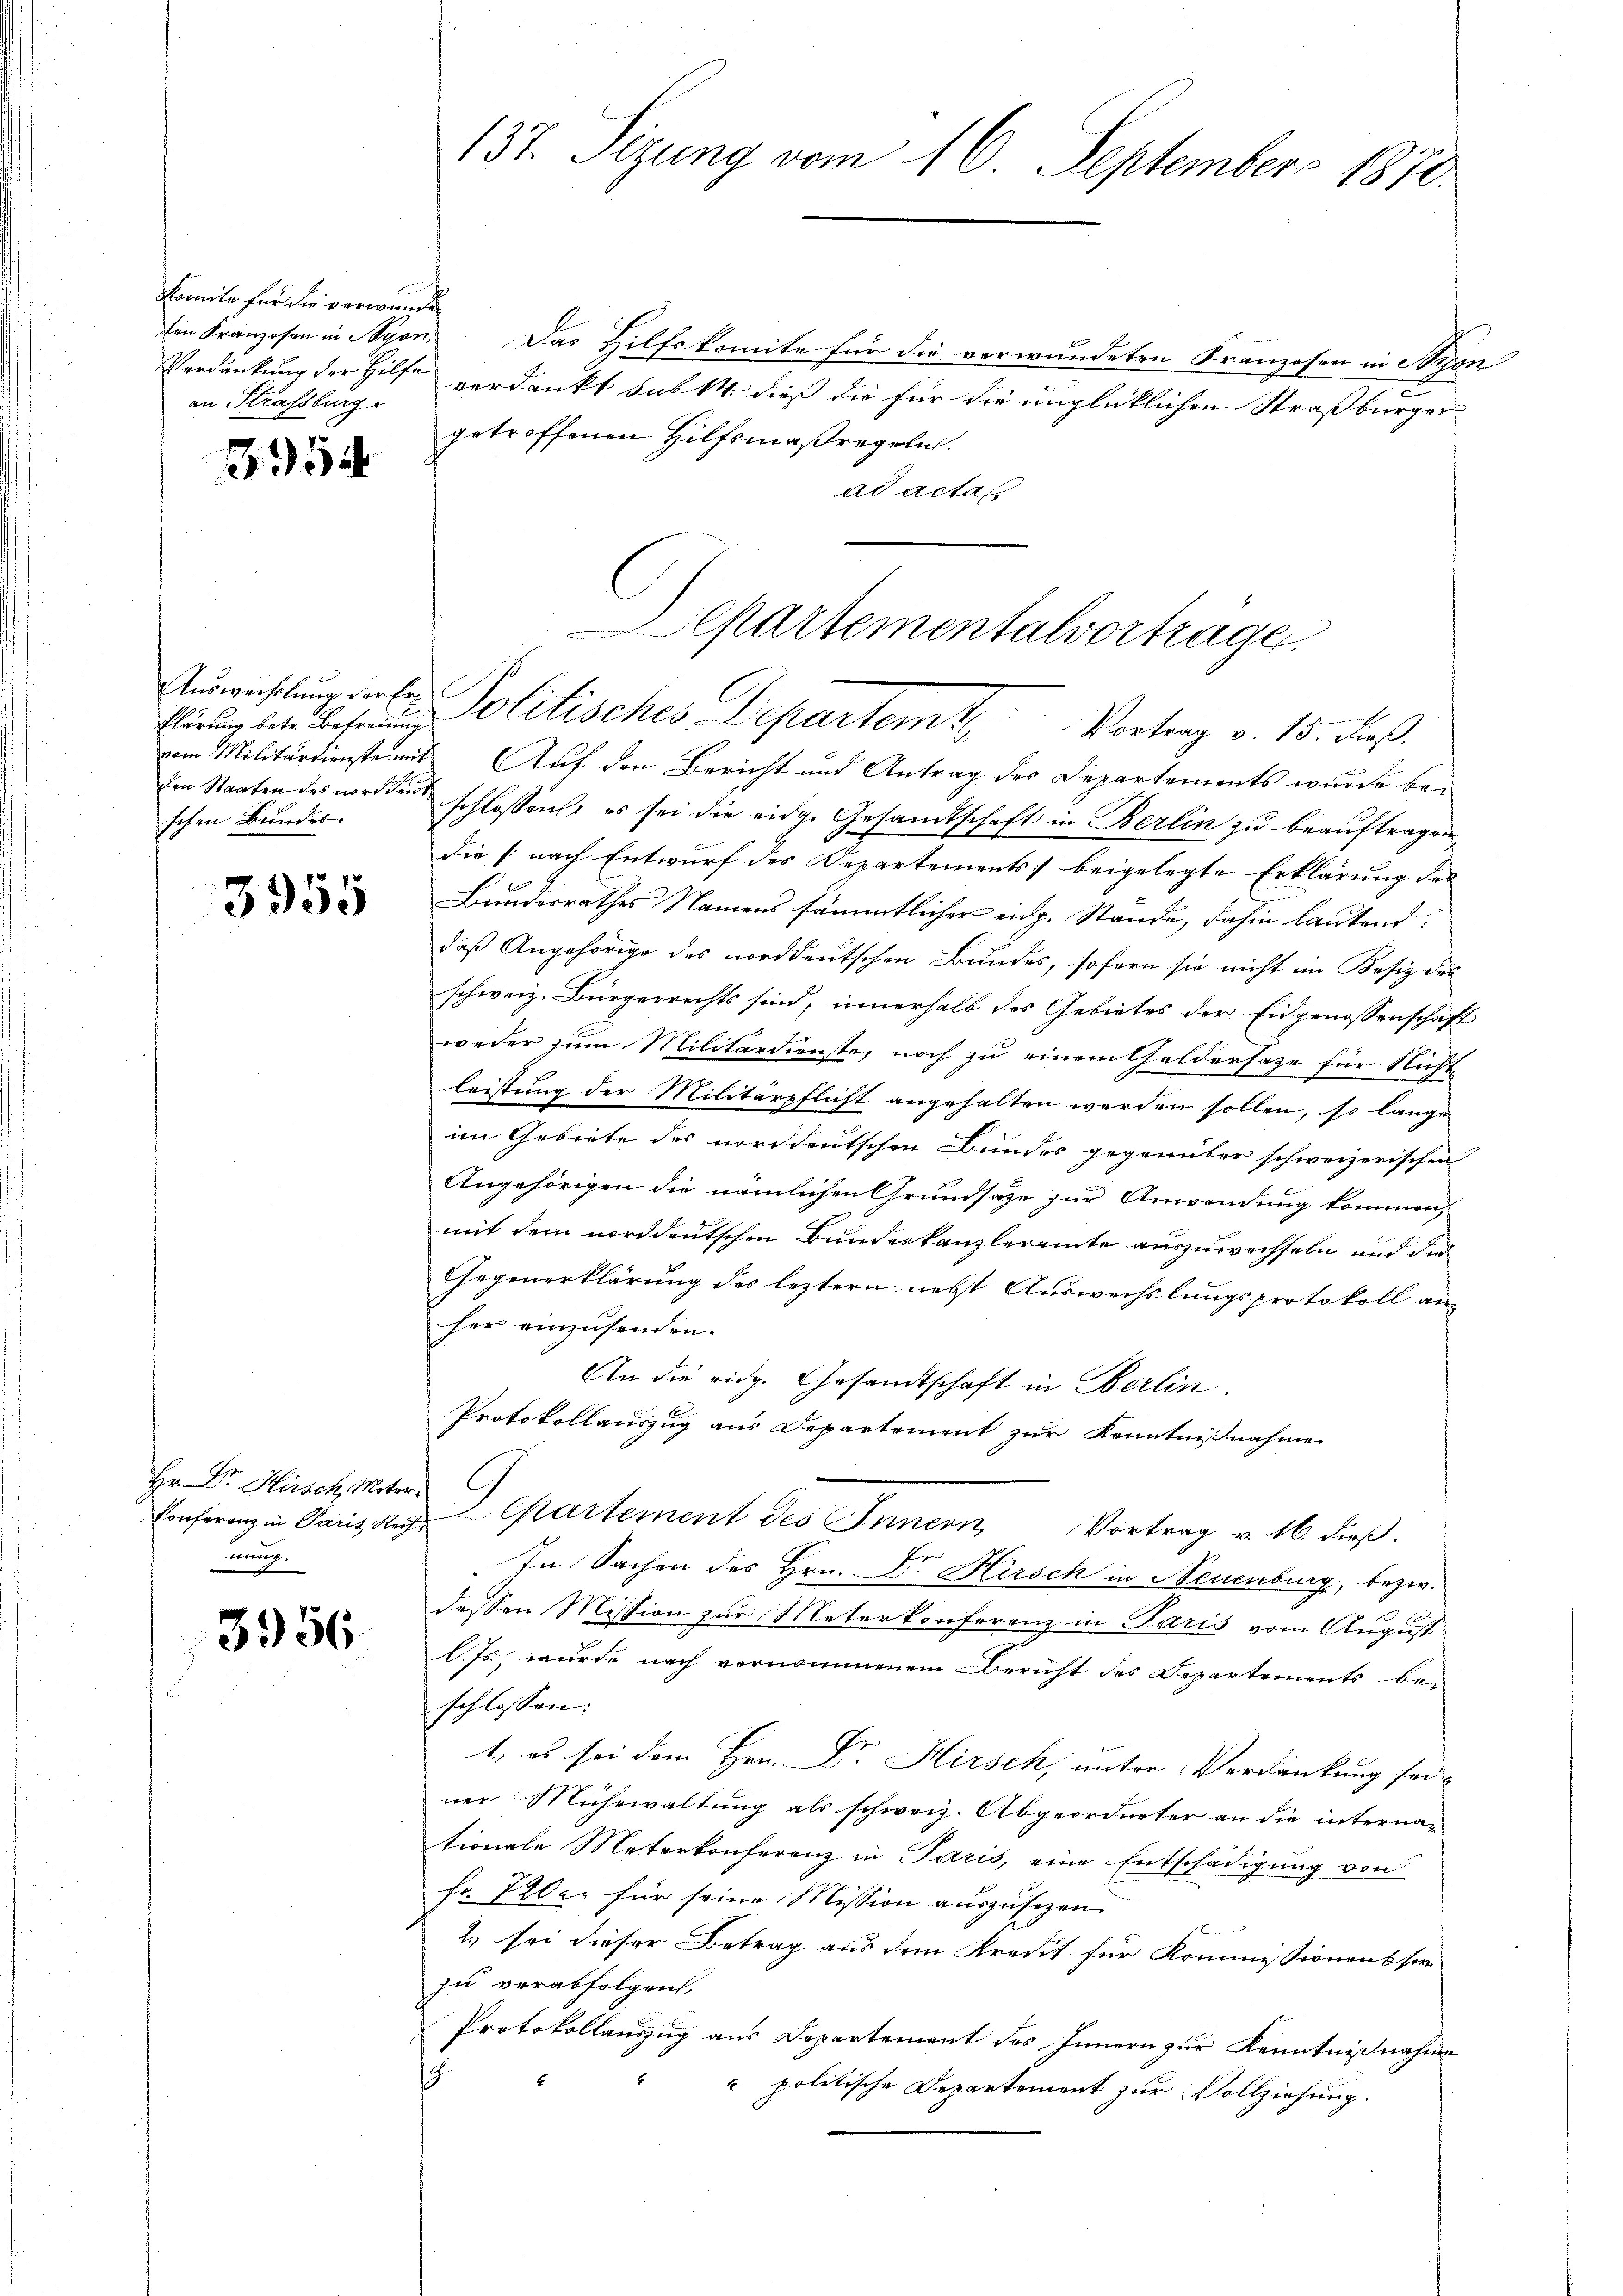
Komite für die verwanden
an Strassburg

954

Auswechslung der Er¬
Klärung betr. Befreiung
schen Bundes.

3955

Hr. Dr. Hirsch, Matr
Conferenz in Paris Rei
nung.

3956

137. Sizung vom 16. September 1870.

ten Kranzosen in Spon. Das Hilfskomite für die verwundeten Kranzosen in Nyon
Verdankung der Hilfe verdankt sub 14 dieß die für die unglücklichen Straßburger
e
getroffenen Hilfsmaßregeln.
ad acta
vom Militärdienste mit Auf den Bericht und Antrag des Departements wurde be-
den Staaten des nordden schlossen, es sei die eidg. Gesandtschaft in Berlin zu beauftragen
die (nach Entwurf des Departements, beigelegte Erklärung des
Bundesrathes Namens sämmtlicher eidg. Stande, dahin lautend:
daß Angehörige des norddeutschen Bundes, sofern sie nicht im Besiz das
schweiz. Bürgerrechts sind, innerhalb des Gebietes der Eidgenossenschaft
weder zum Militärdienste, noch zu einem Geldersage für Nicht
leistung der Militärpflicht angehalten werden sollen, so lange
im Gebiete des norddeutschen Bundes gegenüber schweizerischen
Angehörigen die nämlichen Grundsaze zur Anwendung kommen,
mit dem norddeutschen Bundeskanzleramte auszuwechseln und der
Gegenerklärung des leztern nebst Auswechslungsprotokoll an
her einzusenden.
An die eidg. Gesandtschaft in Berlin
Protokollauszug aus Departement zur Kenntnißnahme
Departement des Innern Vortrag v. 16. dieβ.
In Sachen des Hrn. Dr. Kirsch in Neuenburg, bezw.
dessen Mission zur Meterkonferenz in Paris vom August
l. Js., wurde nach vernommenem Bericht des Departements be-
schlossen:
1. es sei dem Hrn. Dr. Hirsch, unter Verdankung sei
ner Mühewaltung als schweiz. Abgeordneter an die internar
tionale Meterkonferenz in Paris, eine Entschädigung von
fr. 7200. für seine Mission auszusezen.
2 sei dieser Betrag aus dem Kredit für Kommissionens ser
zu verabfolgen.
Protokollauszug aus Departement des Innern zur Kenntnißnahme
s
 politische Departement zur Vollziehung.

Departementalvortragen.
Politisches Departemte Vortrag v. 15. dieß.